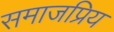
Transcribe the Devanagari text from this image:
समाजप्रिय